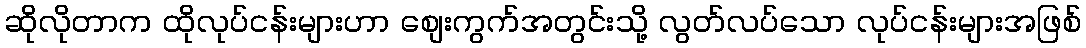
ဆိုလိုတာက ထိုလုပ်ငန်းများဟာ စျေးကွက်အတွင်းသို့ လွတ်လပ်သော လုပ်ငန်းများအဖြစ်